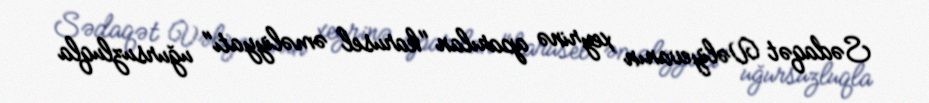
Sədaqət Vəliyevanın xeyrinə aparılan "karusel əməliyyatı" uğursuzluqla